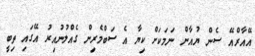
އޭއާރްއޭ ސެން ޔުއާން ނަމަކަށް ކިޔާ އެ ސަބްމެރިން ގެއްލުނުއިރު އޭގައި ތިބީ